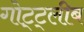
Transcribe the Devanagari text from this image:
गोट्ट्लीब